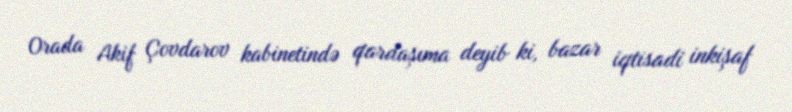
Orada Akif Çovdarov kabinetində qardaşıma deyib ki, bazar iqtisadi inkişaf